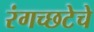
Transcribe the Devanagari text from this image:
रंगच्‍छटेचे